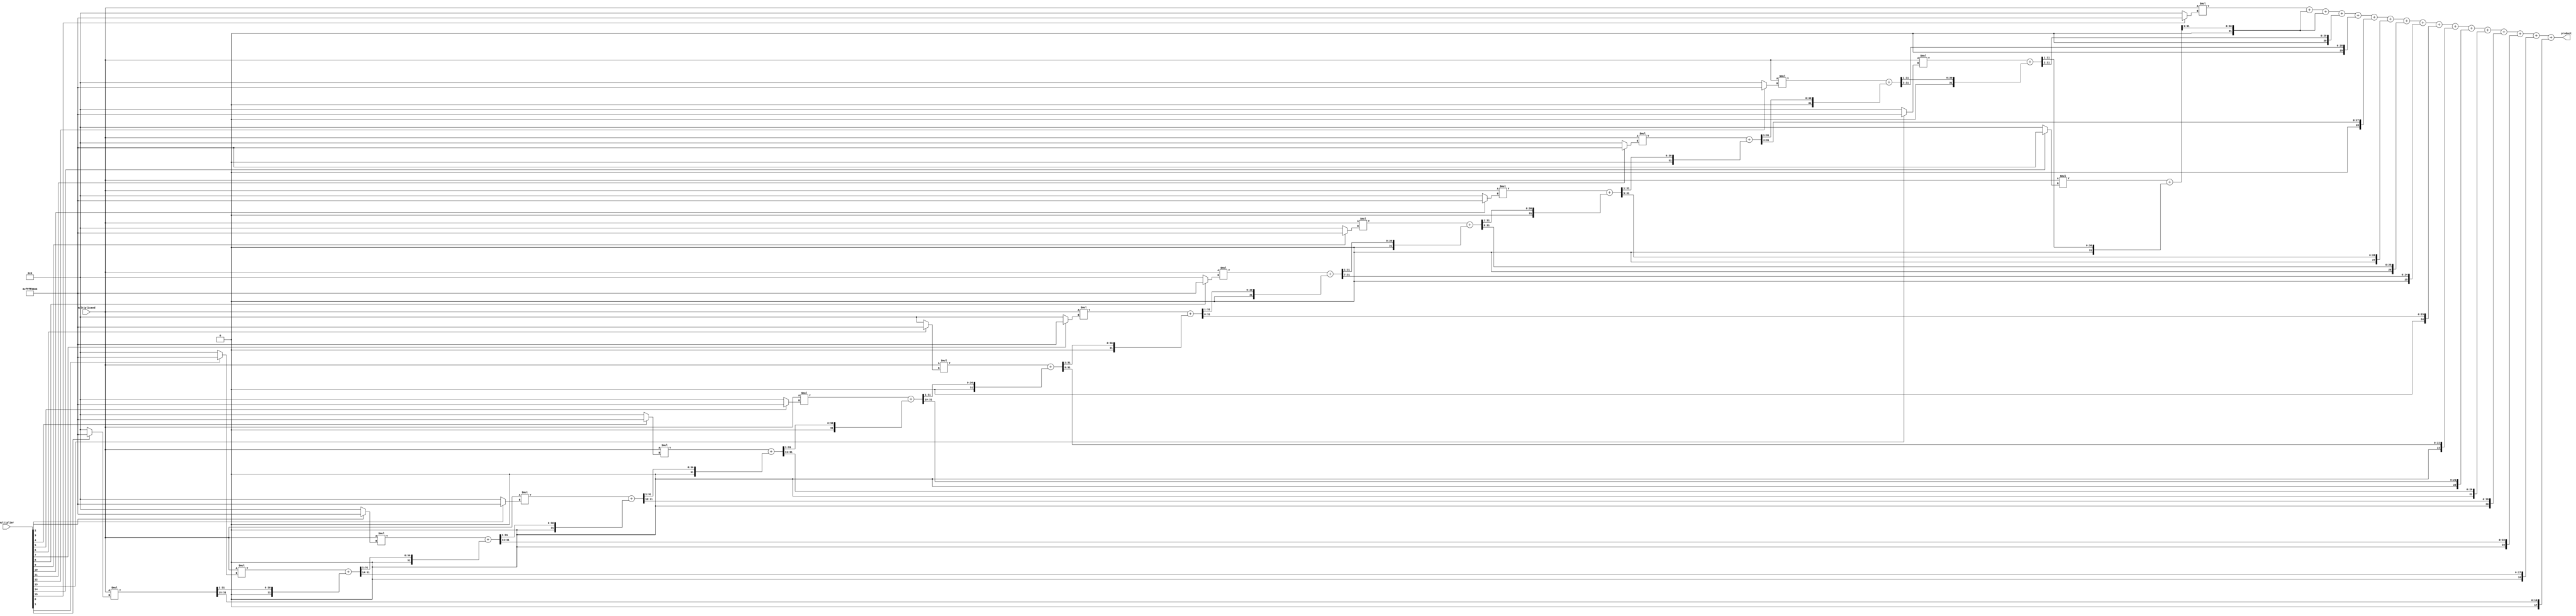
module baugh_wooley_multiplier(
    input signed [15:0] multiplicand,
    input signed [15:0] multiplier,
    output signed [31:0] product
);

reg signed [31:0] partial_products [15:0];
reg signed [31:0] partial_sums [15:0];
reg signed [31:0] result_accumulator;

integer i, j;

// Generate partial products
always @(*) begin
    for (i = 0; i < 16; i=i+1) begin
        partial_products[i] = multiplicand * (multiplier[i] ? {16'hFFFF, 16'b0} : 16'b0);
    end
end

// Reduce partial products
always @(*) begin
    partial_sums[0] = partial_products[0];
    for (i = 1; i < 16; i=i+1) begin
        partial_sums[i] = partial_products[i] + (partial_sums[i-1] >> 1);
    end
end

// Accumulate final result
always @(*) begin
    result_accumulator = partial_sums[15];
    for (j = 14; j >= 0; j=j-1) begin
        result_accumulator = result_accumulator + (partial_sums[j] >> (15-j));
    end
end

assign product = result_accumulator;

endmodule